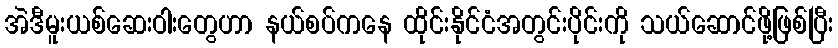
အဲဒီမူးယစ်ဆေးဝါးတွေဟာ နယ်စပ်ကနေ ထိုင်းနိုင်ငံအတွင်းပိုင်းကို သယ်ဆောင်ဖို့ဖြစ်ပြီး